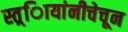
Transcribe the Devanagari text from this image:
स्त्र्िायांनीचेचून